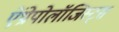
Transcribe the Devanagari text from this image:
ऐंथ्रोपोलॉजिस्ट्स